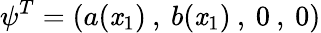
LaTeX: \psi^{T}=(a(\mathit{x}_{1})\: ,\: b(\mathit{x}_{1})\: ,\: 0\: ,\: 0)